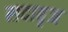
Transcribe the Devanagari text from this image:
सदाबृज